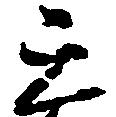
天